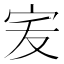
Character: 𭓧